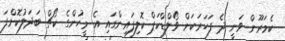
ކެމަރޫން ވަނީ ދެ ފަހަރަކަށް ވޯލްޑްކަޕް ކޮލިފައިންގައި އެ މީހުންގެ ކޯޗް ބަދަލުކޮށްފަ